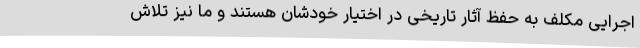
اجرایی مکلف به حفظ آثار تاریخی در اختیار خودشان هستند و ما نیز تلاش